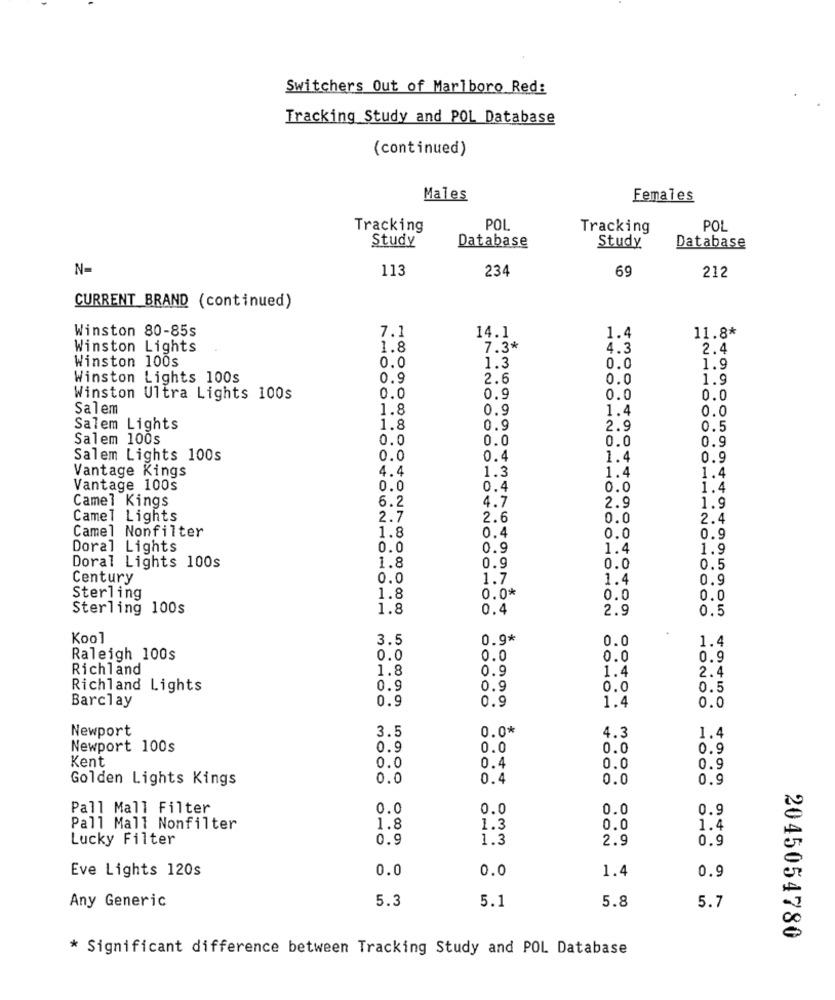
Switchers Out of Marlboro Red:
Tracking Study and POL Database
(continued)
Males
Females
Tracking
POL
Tracking
POL
Study
Database
Study
Database
113
234
69
212
CURRENT BRAND (continued)
7.1
11.8*
Winston 80-85s
14.1
1.4
Winston Lights
1.8
7.3*
4.3
2.4
Winston 100s
0.0
1.3
0.0
1.9
Winston Lights 100s
0.9
2.6
0.0
1.9
Winston Ultra Lights 100s
0.0
0.9
0.0
0.0
Salem
1.8
0.9
1.4
0.0
Salem Lights
1.8
0.9
2.9
0.5
Salem 100s
0.0
0.0
0.0
0.9
Salem Lights 100s
0.0
0.
1.4
0.9
Vantage Kings
4.
1.3
1.
1.4
Vantage 100s
0.0
0.4
0.0
1.4
6.2
4.7
Camel Kings
2.9
1.9
Camel Lights
2.7
2.6
0.0
2.4
Camel Nonfilter
1.8
0.4
0.0
0.9
Doral Lights
0.0
0.9
1.4
1.9
Doral Lights 100s
1.8
0.9
0.0
0.5
Century
0.0
1.7
1.4
0.9
Sterling
1.8
0.0*
0.0
0.0
Sterling 100s
1.8
0.4
2.9
0.5
Kool
3.5
0.9*
0.0
1.4
Raleigh 100s
0.0
0.0
0.0
0.9
Richland
1.8
0.9
1.4
2.4
Richland Lights
0.9
0.9
0.0
0.5
Barclay
0.9
0.9
0.0
1.4
Newport
3.5
0.0*
4.3
1.4
Newport 100s
0.9
0.0
0.0
0.9
Kent
0.0
0.4
0.0
0.9
Golden Lights Kings
0.0
0.4
0.0
0.9
Pall Mall Filter
0.0
0.0
0.0
0.9
Pall Mall Nonfilter
1.8
1.3
0.0
1.4
Lucky Filter
0.9
1.3
2.9
0.9
Eve Lights 120s
0.0
0.0
1.4
0.9
Any Generic
5.3
5.8
5.7
5.1
2045054780
* Significant difference between Tracking Study and POL Database